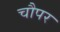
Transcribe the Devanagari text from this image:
चौपर